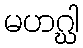
မဟဂ္ဃါ